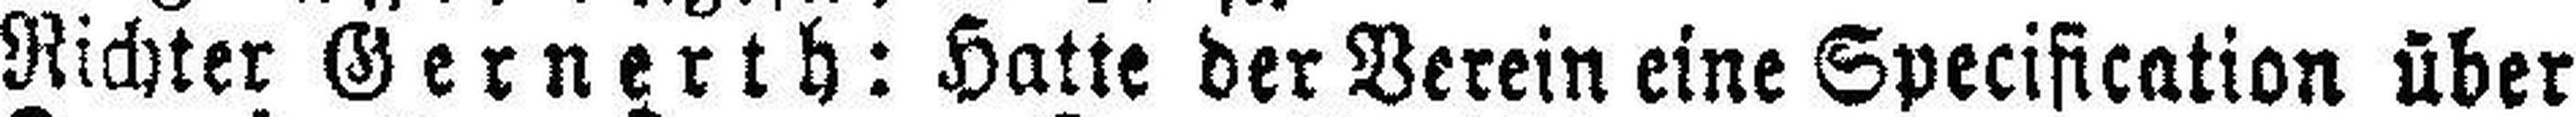
Richter Gernerth: Hatte der Verein eine Specification über